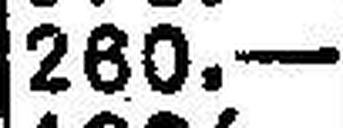
260.—